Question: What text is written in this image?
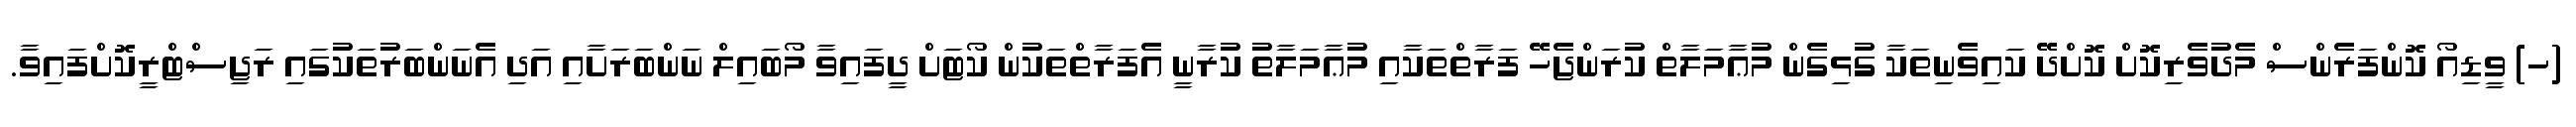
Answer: (ހ) ވީޑިއޯ ކޮންފަރެންސް މެދުވެރިކޮށް ކޮށްދޭ ކައިވެނިތަކާ ގުޅިގެން މުޢާމަލާތް ކުރަންޖެހޭ ފަރާތްތަކާއި މުޢާމަލާތު ކުރާނީ އެފަރާތްތަކުން ކޯޓަށް ދީފައިވާ މޯބައިލް ނަންބަރަށާއި އަދި އެނަންބަރުތަކުގައި ރަޖިސްޓްރީކޮށްފައިވާ.